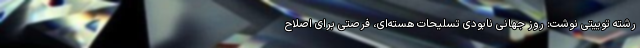
رشته توییتی نوشت: روز جهانی نابودی تسلیحات هسته‌ای، فرصتی برای اصلاح